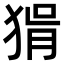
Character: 𤟕